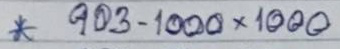
* 903 - 1000 x 1000